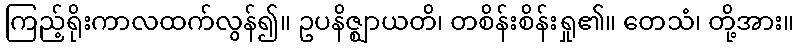
ကြည့်ရိုးကာလထက်လွန်၍။ ဥပနိဇ္ဈာယတိ၊ တစိန်းစိန်းရှု၏။ တေသံ၊ တို့အား။